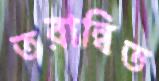
তরান্বিত